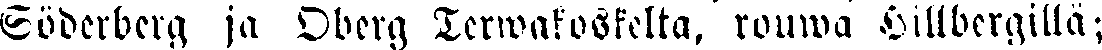
Söderberg ja Oberg Terwakoskelta, rouwa Hillbergillä;